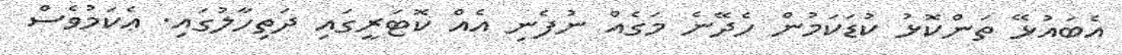
އެބައުޅޭ ތަންކޮޅު ކުޑަކަމުން ހެދޭނެ މަގެއް ނުފެނި އެެއް ކޮޓަރީގައި ދަތިހާލުގައި. ޢެކަމުވެސް